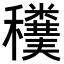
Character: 𥤄